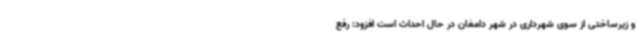
و زیرساختی از سوی شهرداری در شهر دامغان در حال احداث است افزود: رفع